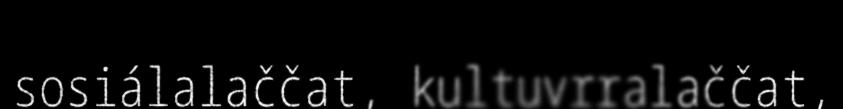
sosiálalaččat, kultuvrralaččat,